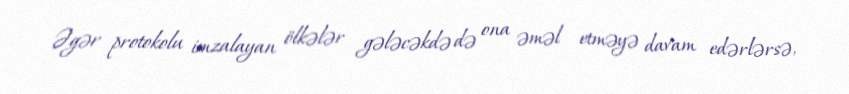
Əgər protokolu imzalayan ölkələr gələcəkdə də ona əməl etməyə davam edərlərsə,